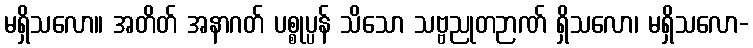
မရှိသလော။ အတိတ် အနာဂတ် ပစ္စုပ္ပန် သိသော သဗ္ဗညုတဉာဏ် ရှိသလော၊ မရှိသလော-